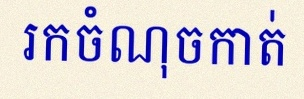
រកចំណុចកាត់